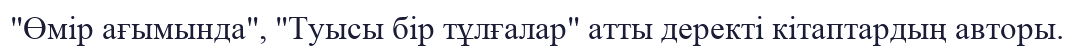
"Өмір ағымында", "Туысы бір тұлғалар" атты деректі кітаптардың авторы.